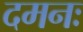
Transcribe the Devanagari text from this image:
दमनः